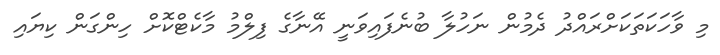
މި ވާހަކަތަކަށްރައްދު ދެމުން ނަހުލާ ބުނެފައިވަނީ އޭނާގެ ފިލްމު މާކެޓްކޮށް ހިންގަން ކިޔައި